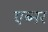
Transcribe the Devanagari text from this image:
एब्नर